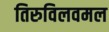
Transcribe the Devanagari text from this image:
तिरुविलवमल